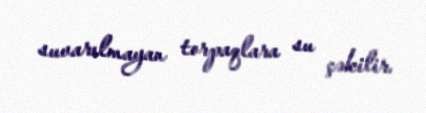
suvarılmayan torpaqlara su çəkilir.